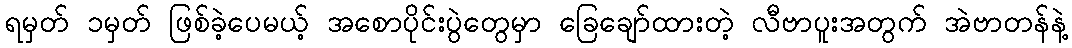
ရမှတ် ၁မှတ် ဖြစ်ခဲ့ပေမယ့် အစောပိုင်းပွဲတွေမှာ ခြေချော်ထားတဲ့ လီဗာပူးအတွက် အဲဗာတန်နဲ့